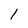
Character: 1